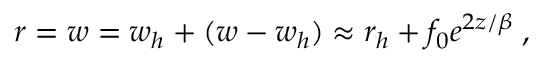
r = w = w _ { h } + ( w - w _ { h } ) \approx r _ { h } + f _ { 0 } e ^ { 2 z / \beta } \; ,